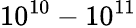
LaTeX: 10^{10}-10^{11}